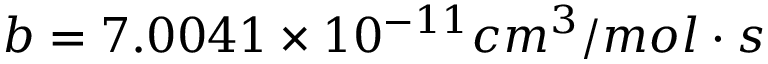
b = 7 . 0 0 4 1 \times 1 0 ^ { - 1 1 } c m ^ { 3 } / m o l \cdot s